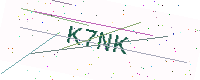
Text: K7NK